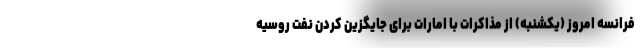
فرانسه امروز (یکشنبه) از مذاکرات با امارات برای جایگزین کردن نفت روسیه